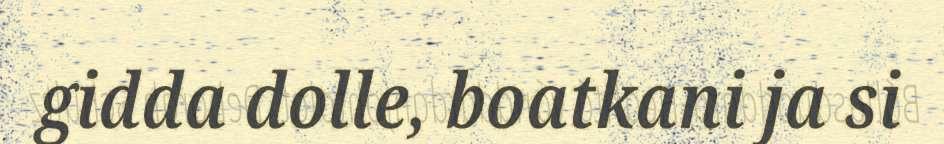
gidda dolle, boatkani ja si